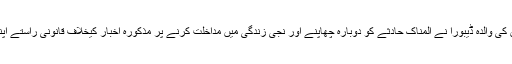
بین اسٹوکس اور ان کی والدہ ڈیبورا نے المناک حادثے کو دوبارہ چھاپنے اور نجی زندگی میں مداخلت کرنے پر مذکورہ اخبار کیخلاف قانونی راستے اپنانے پر اتفاق کرلیا